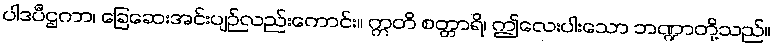
ပါဒပီဌကာ၊ ခြေဆေးအင်းပျဉ်လည်းကောင်း။ ဣတိ စတ္တာရိ၊ ဤလေးပါးသော ဘဏ္ဍာတို့သည်။